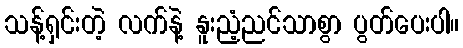
သန့်ရှင်းတဲ့ လက်နဲ့ နူးညံ့ညင်သာစွာ ပွတ်ပေးပါ။